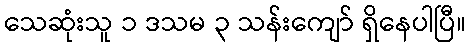
သေဆုံးသူ ၁ ဒသမ ၃ သန်းကျော် ရှိနေပါပြီ။